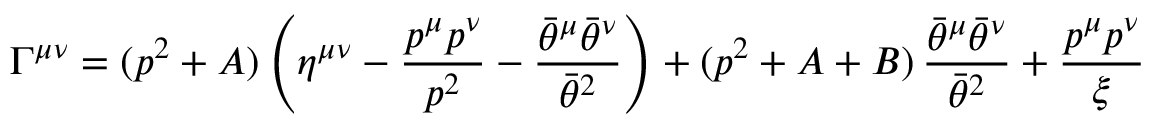
\Gamma ^ { \mu \nu } = ( p ^ { 2 } + A ) \left( \eta ^ { \mu \nu } - { \frac { p ^ { \mu } p ^ { \nu } } { p ^ { 2 } } } - { \frac { \bar { \theta } ^ { \mu } \bar { \theta } ^ { \nu } } { \bar { \theta } ^ { 2 } } } \right) + ( p ^ { 2 } + A + B ) \, { \frac { \bar { \theta } ^ { \mu } \bar { \theta } ^ { \nu } } { \bar { \theta } ^ { 2 } } } + { \frac { p ^ { \mu } p ^ { \nu } } { \xi } }